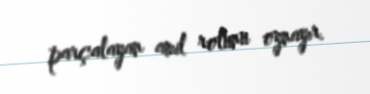
parçalayan amil rolunu oynayır.